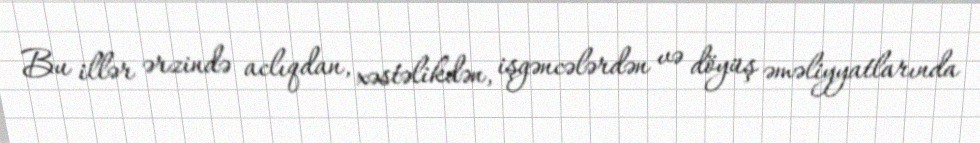
Bu illər ərzində aclıqdan, xəstəlikdən, işgəncələrdən və döyüş əməliyyatlarında